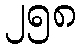
၂၅၈